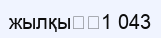
жылқы		1 043